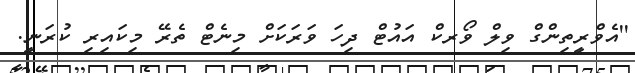
''އެވްރީތިންގް ވިލް ވޯރކް އައުޓް ދިހަ ވަރަކަށް މިނެޓް ތެރޭ މިކައިރި ކުރަނީ.